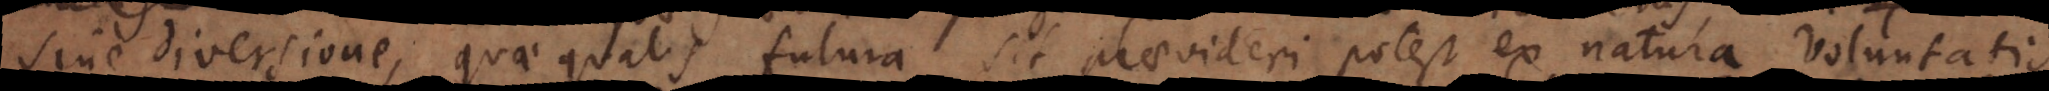
sine diversione, quae qualis futura sit praevideri potest ex natura voluntatis.